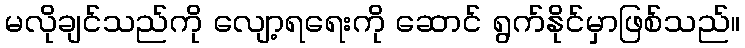
မလိုချင်သည်ကို လျော့ရရေးကို ဆောင် ရွက်နိုင်မှာဖြစ်သည်။